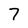
Character: 7